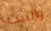
والبيت